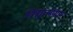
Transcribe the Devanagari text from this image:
विद्यालंकांर